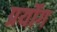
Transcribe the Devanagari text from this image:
प्रर्योग